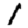
Digit: 1